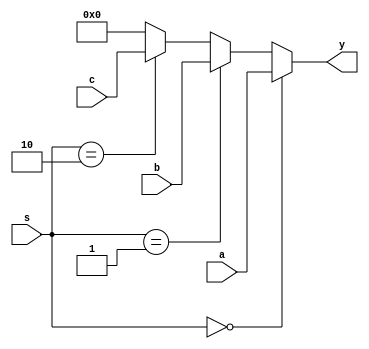
`timescale 1ns / 1ps
//////////////////////////////////////////////////////////////////////////////////
// Company: 
// Engineer: 
// 
// Design Name: 
// Module Name:    lab53dt 
// Project Name: 
// Target Devices: 
// Tool versions: 
// Description: 
//
// Dependencies: 
//
// Revision: 
// Revision 0.01 - File Created
// Additional Comments: 
//
//////////////////////////////////////////////////////////////////////////////////
module lab53dt#(parameter N=4)(
	input wire [N-1:0] a,
	input wire [N-1:0] b,
	input wire [N-1:0] c,
	input wire [1:0] s,
	output reg [N-1:0] y
);

always @(*)
if(s==2'b00)
	y=a;//elso ngy switch
else if(s==2'b01)
	y = b;
else if(s==2'b10)	
	y =c;
else y = 0;

endmodule